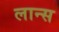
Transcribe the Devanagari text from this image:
लान्‍स